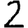
Digit: 2